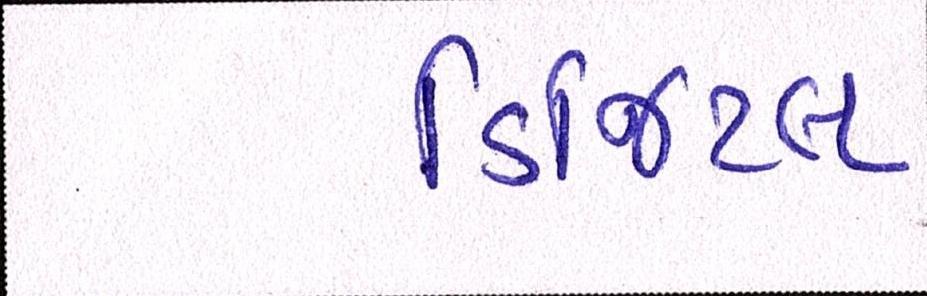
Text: ડિજિટલ